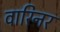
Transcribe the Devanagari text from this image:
वारिनर